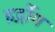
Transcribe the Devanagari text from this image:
हर्द्रोग